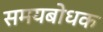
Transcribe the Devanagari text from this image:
समयबोधक